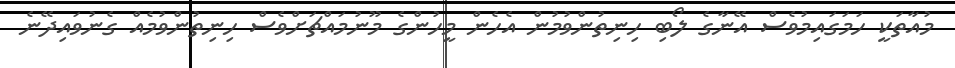
މުއާތަކީ ހަމަގައިމުވެސް އޭނާގެ ލޯބި ހިނިތުންވުމުން އެހެން މީހުންގެ މޫނުމައްޗަށްވެސް ހިނިތުންވުމެއް ގެނުވައިދޭނެ